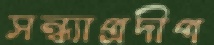
সন্ধ্যাপ্রদীপ